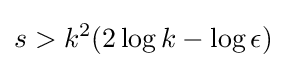
s>k^{2}(2\log k-\log \epsilon )